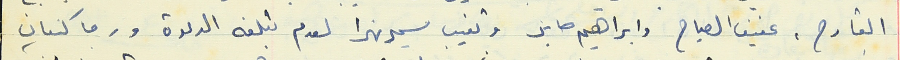
القارح، عفيف الصياح وابراهيم صابر وتغيب سمير نهرا لعدم تبلغه الدعوة ورجا كنعان